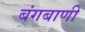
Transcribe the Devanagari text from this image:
बंगबाणी